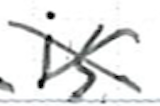
Text: is
Cross-out: cross
Writing tool: ballpoint